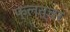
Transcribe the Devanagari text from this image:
फ्लत्चर